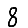
Digit: 8